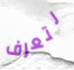
لتعرف